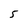
Character: 5